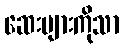
ဆေးများကိုသာ